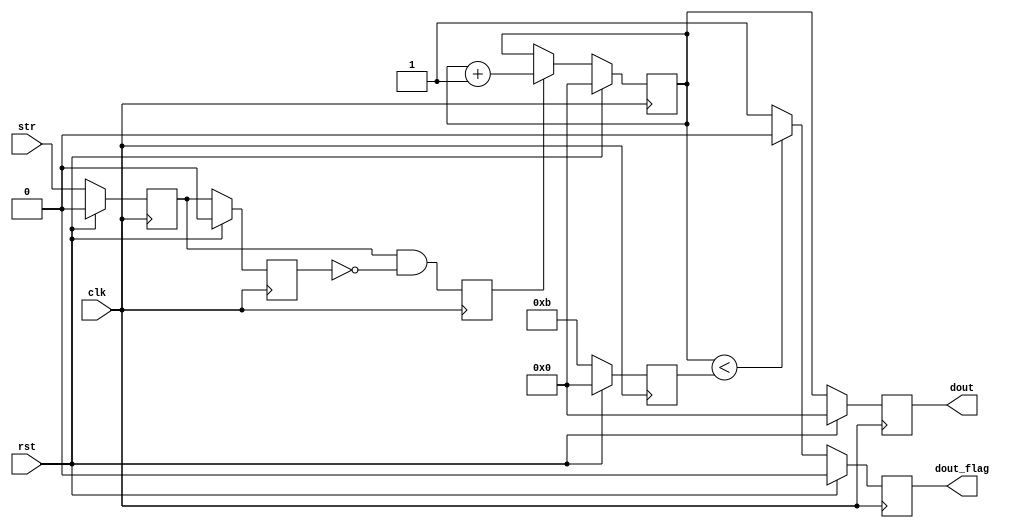
`timescale 1ns / 1ps
//////////////////////////////////////////////////////////////////////////////////
// Company: 
// Engineer: 
// 
// Design Name: 
// Module Name:    test_signed 
// Project Name: 
// Target Devices: 
// Tool versions: 
// Description: 
//
// Dependencies: 
//
// Revision: 
// Revision 0.01 - File Created
// Additional Comments: 
//
//////////////////////////////////////////////////////////////////////////////////

// unsigned
// expect: interpret -5 to 11, at the 11th pushing str, led become light
// then at the 5th pushing, led become dark
module test_signed(
    clk, rst, str, dout, dout_flag
    );


input   clk;
input   rst;
input   str;

parameter   SIZE = 4;

output  [SIZE - 1 : 0]  dout;
output                  dout_flag;

reg     [SIZE - 1 : 0]  dout;
reg                     dout_flag;


reg     [SIZE - 1 : 0]  i;
reg     [SIZE - 1 : 0]  flag;
reg                     str_r0;
reg                     str_r1;
reg                     str_pos;

// posedge detect
always @(posedge clk) begin
    if (rst) begin
        // reset
        str_r0 <= 1'b0;
        str_r1 <= 1'b0;
    end
    else begin
        str_r0 <= str;
        str_r1 <= str_r0;
    end
end


always @(posedge clk) begin
    str_pos <= str_r0 && (!str_r1);
end

always @(posedge clk) begin
    if (rst) begin
        // reset
        flag <= 0;
    end
    else begin
        flag <= -4'sd5;    // signed value to unsigned reg
        // flag <= -4'd5;    // unsigned value to unsigned reg
    end
end

always @(posedge clk) begin
    if (rst) begin
        // reset
        i <= 0;
        dout <= 0;
    end
    else begin
        if (str_pos) begin
            i <= i + 1;
            dout <= i;
        end
        else begin
            i <= i;
            dout <= i;
        end
    end
end

always @(posedge clk) begin
    if (rst) begin
        // reset
        dout_flag <= 0;
    end
    else begin
        if (i < flag) begin
            dout_flag <= 1'b0;
        end
        else begin
            dout_flag <= 1'b1;
        end
    end
end

endmodule


// signed 
// expect: interpret -5 to -5, at the 8th pushing str, led become light
// then at the 3 th pushing, led become dark
/*module test_signed(
    clk, rst, str, dout, dout_flag
    );


input   clk;
input   rst;
input   str;

parameter   SIZE = 4;

output  [SIZE - 1 : 0]  dout;
output                  dout_flag;

reg     [SIZE - 1 : 0]  dout;
reg                     dout_flag;


reg     signed  [SIZE - 1 : 0]  i;
reg     signed  [SIZE - 1 : 0]  flag = 0;
reg                             str_r0;
reg                             str_r1;
reg                             str_pos;

// posedge detect
always @(posedge clk) begin
    if (rst) begin
        // reset
        str_r0 <= 1'b0;
        str_r1 <= 1'b0;
    end
    else begin
        str_r0 <= str;
        str_r1 <= str_r0;
    end
end


always @(posedge clk) begin
    str_pos <= str_r0 && (!str_r1);
end

always @(posedge clk) begin
    if (rst) begin
        // reset
        flag <= 0;
    end
    else begin
        // flag <= -4'sd5;    // signed value to signed reg
        flag <= -4'd5;    // unsigned value to signed reg
    end
end

always @(posedge clk) begin
    if (rst) begin
        // reset
        i <= 0;
        dout <= 0;
    end
    else begin
        if (str_pos) begin
            i <= i + 1;
            dout <= i;
        end
        else begin
            i <= i;
            dout <= i;
        end
    end
end

always @(posedge clk) begin
    if (rst) begin
        // reset
        dout_flag <= 0;
    end
    else begin
        if (i < flag) begin
            dout_flag <= 1'b0;
        end
        else begin
            dout_flag <= 1'b1;
        end
    end
end
 
 endmodule*/